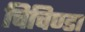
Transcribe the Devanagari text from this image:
चिचिण्डा